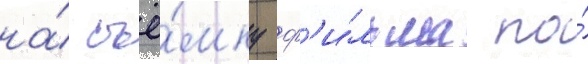
на́ съё́мку ф'и́льма по́